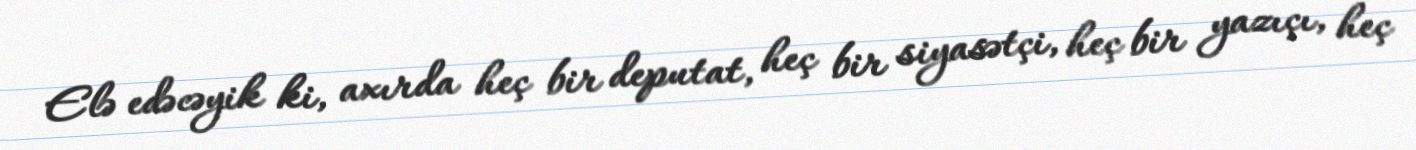
Elə edəcəyik ki, axırda heç bir deputat, heç bir siyasətçi, heç bir yazıçı, heç